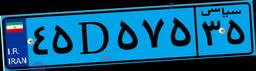
۲۰D۵۰۳۲۴